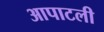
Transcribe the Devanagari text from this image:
आपाटली